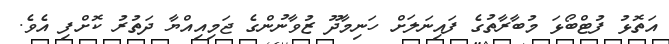
އަތޮޅު ފުޓްބޯޅަ މުބާރާތުގެ ފައިނަލަށް ހަނިމާދޫ ޒުވާނުންގެ ޖަމިއިއްޔާ ދަތުރު ކޮށްފި އެވެ.